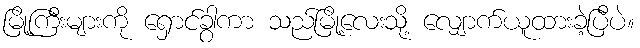
မြို့ကြီးများကို ရှောင်ခွာကာ သည်မြို့လေးသို့ လျှောက်ယူထားခဲ့ပြီပဲ။